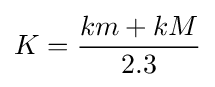
K={\frac {km+kM}{2.3}}